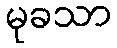
မုခသာ